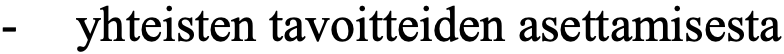
-  yhteisten tavoitteiden asettamisesta